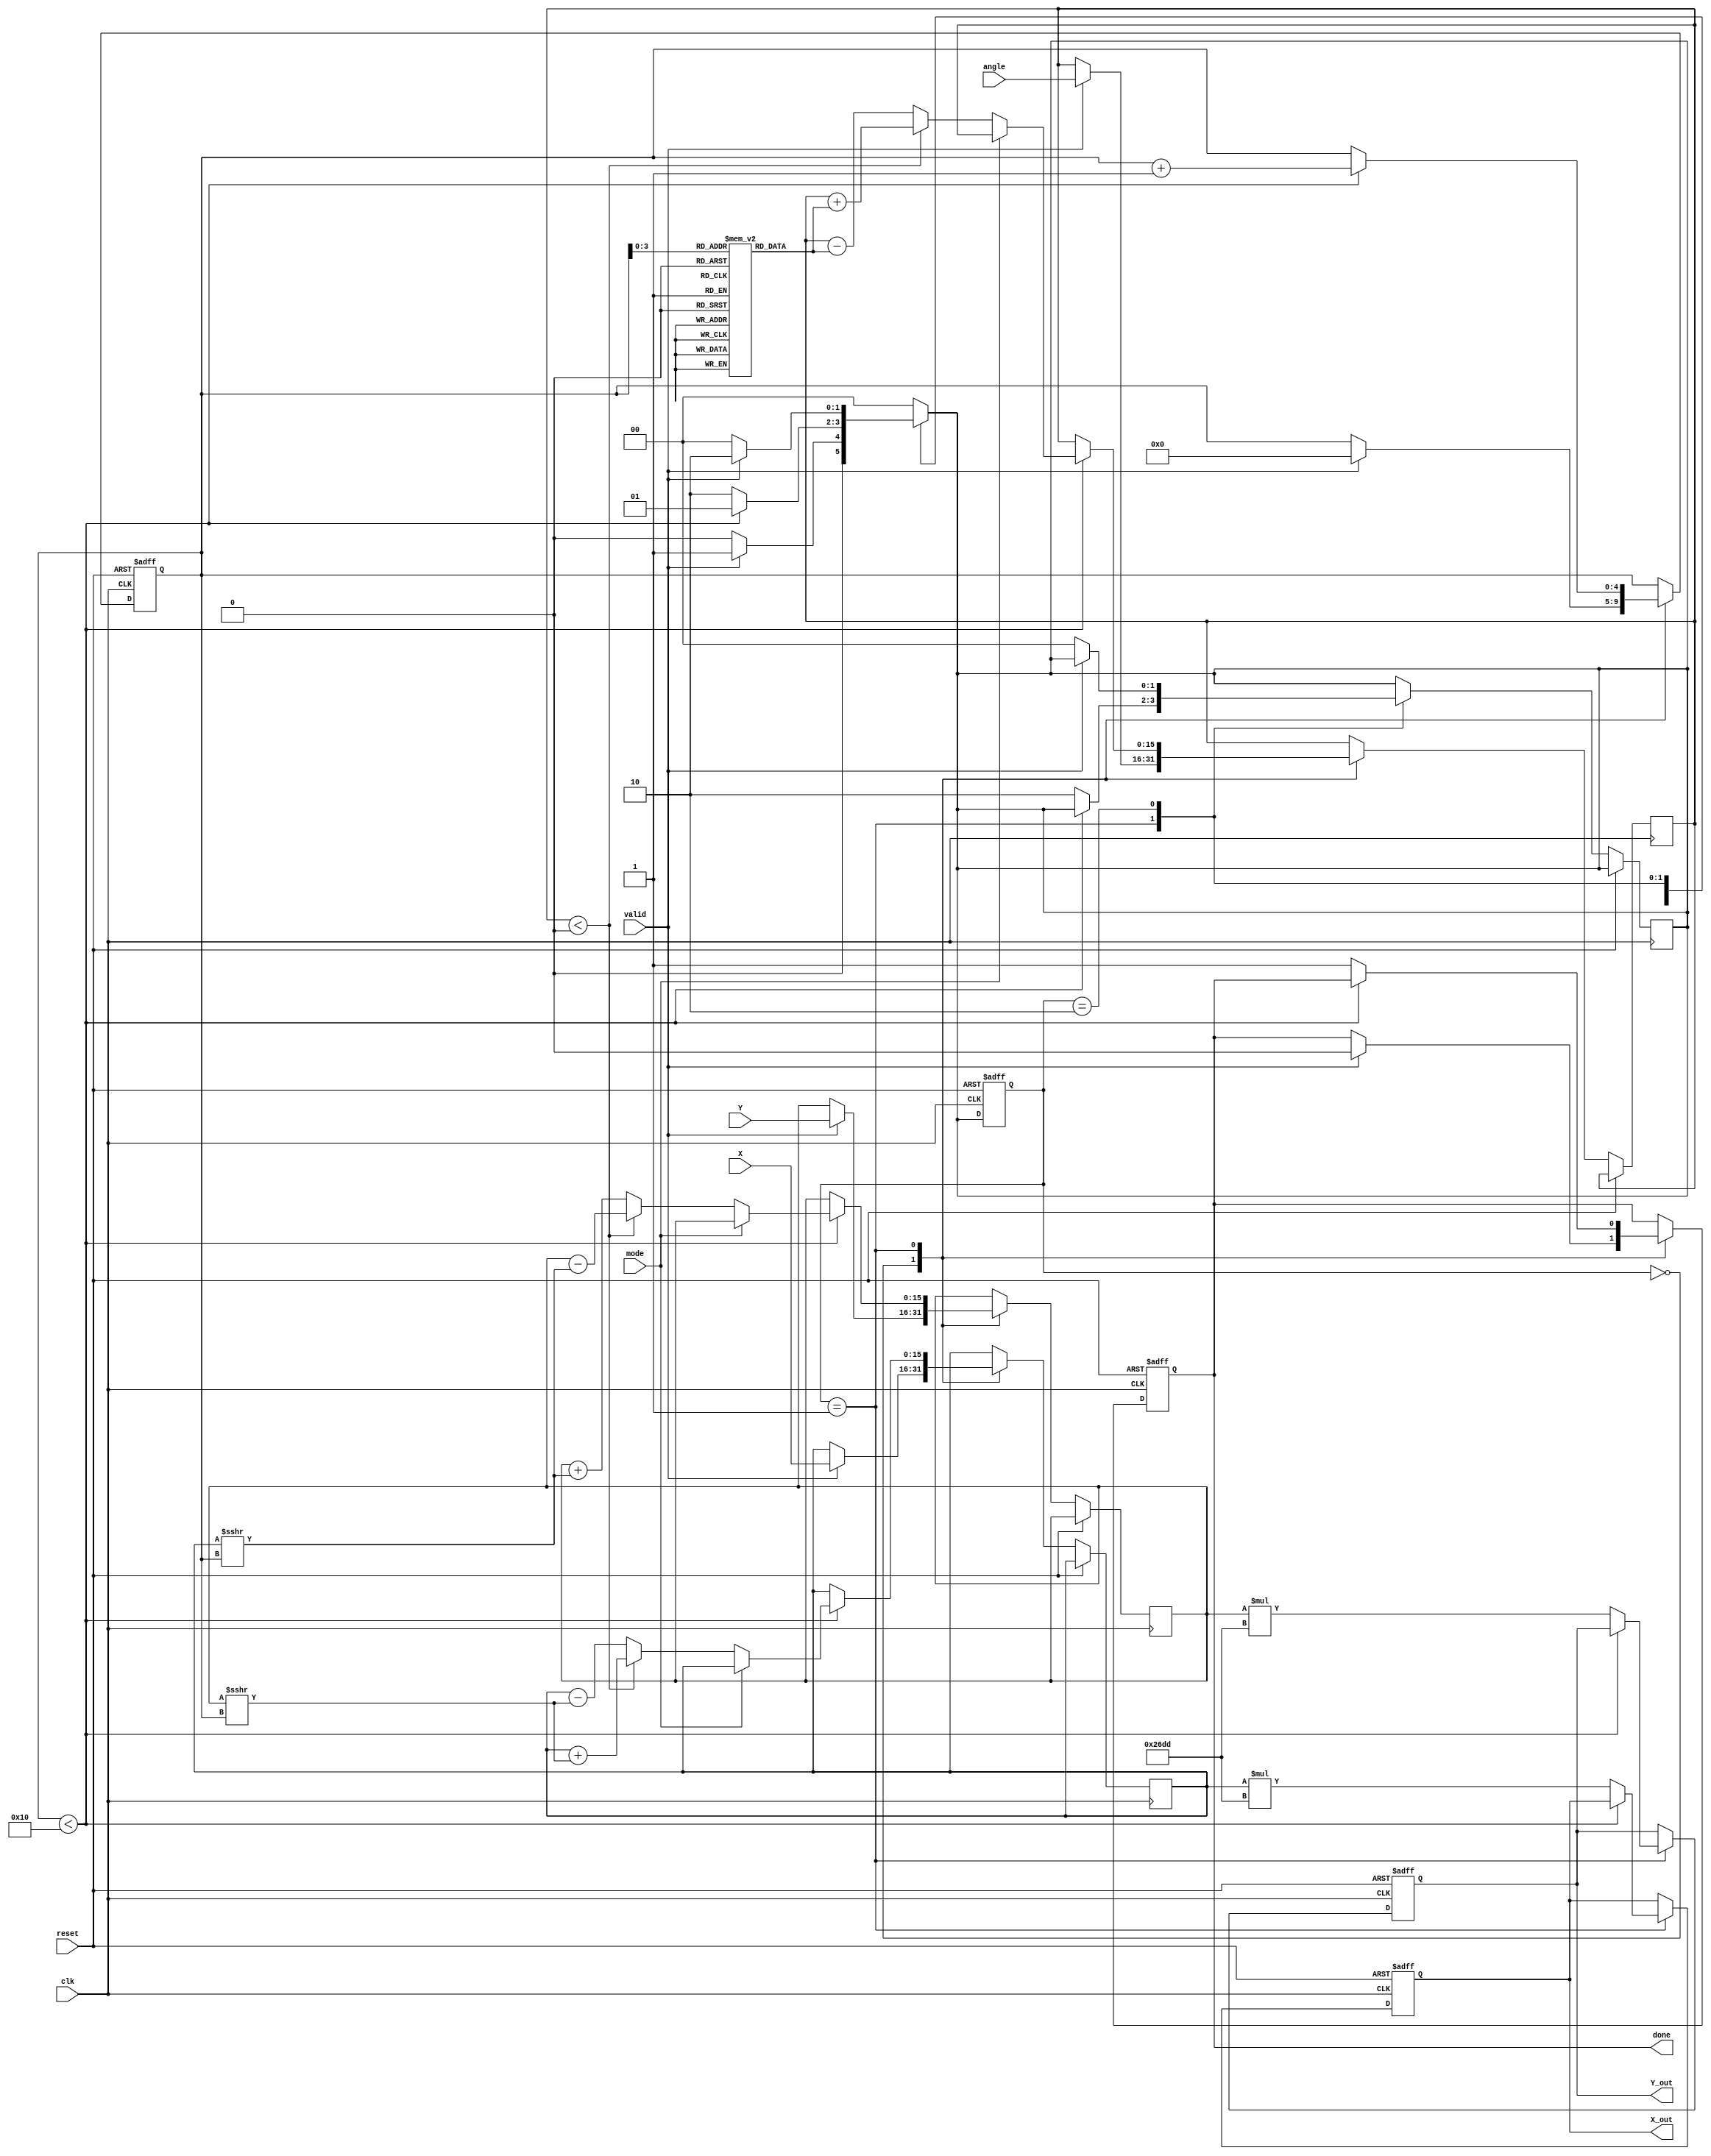
module CORDIC (
    input wire clk,
    input wire reset,
    input wire valid,
    input wire [15:0] X, // Fixed-point input X (Qm.n format)
    input wire [15:0] Y, // Fixed-point input Y (Qm.n format)
    input wire [15:0] angle, // Angle in fixed-point (Qm.n format)
    input wire mode, // 0 for rotation, 1 for vectoring
    output reg [15:0] X_out, // Output X (Qm.n format)
    output reg [15:0] Y_out, // Output Y (Qm.n format)
    output reg done // Indicates completion of computation
);
    // Parameters
    parameter N = 16; // Number of iterations
    parameter FIXED_POINT_FRACTIONAL_BITS = 12; // Number of fractional bits
    parameter FIXED_POINT_INTEGER_BITS = 4; // Number of integer bits
    parameter SCALING_FACTOR = 16'h26DD; // Fixed-point scaling factor (2^(-n))

    // Lookup table for arctangent values (atan(2^-i))
    reg [15:0] atan_table [0:N-1];
    
    // Internal signals
    reg [15:0] x_reg, y_reg;
    reg [15:0] angle_reg;
    reg [4:0] i; // Iteration counter
    reg [1:0] state; // State for FSM
    reg [1:0] next_state;

    // States
    localparam IDLE = 2'b00;
    localparam PROCESS = 2'b01;
    localparam DONE = 2'b10;

    // Initialize the arctangent lookup table
    initial begin
        atan_table[0] = 16'h2000; // atan(1) = /4 in Qm.n format
        atan_table[1] = 16'h1000; // atan(0.5) = /6 in Qm.n format
        atan_table[2] = 16'h0800; // atan(0.25) = /12 in Qm.n format
        // Populate the rest of the atan_table...
        // ...
    end

    // State machine to control CORDIC iterations
    always @(posedge clk or posedge reset) begin
        if (reset) begin
            state <= IDLE;
            done <= 0;
            X_out <= 0;
            Y_out <= 0;
            i <= 0;
        end else begin
            state <= next_state;
            case (state)
                IDLE: begin
                    if (valid) begin
                        x_reg <= X;
                        y_reg <= Y;
                        angle_reg <= angle;
                        i <= 0;
                        done <= 0;
                    end
                end
                PROCESS: begin
                    if (i < N) begin
                        if (mode == 0) begin // Rotation mode
                            if (angle_reg < 0) begin
                                // Rotate counterclockwise
                                x_reg <= x_reg + (y_reg >>> i);
                                y_reg <= y_reg - (x_reg >>> i);
                                angle_reg <= angle_reg + atan_table[i];
                            end else begin
                                // Rotate clockwise
                                x_reg <= x_reg - (y_reg >>> i);
                                y_reg <= y_reg + (x_reg >>> i);
                                angle_reg <= angle_reg - atan_table[i];
                            end
                        end else begin // Vectoring mode
                            // Vectoring logic can be implemented here
                        end
                        i <= i + 1;
                    end else begin
                        X_out <= x_reg * SCALING_FACTOR; // Apply scaling factor
                        Y_out <= y_reg * SCALING_FACTOR; // Apply scaling factor
                        done <= 1;
                        next_state <= DONE;
                    end
                end
                DONE: begin
                    // Wait for a new valid input
                    if (!valid) begin
                        next_state <= IDLE;
                    end
                end
            endcase
        end
    end

    // Assign next state
    always @(*) begin
        case (state)
            IDLE: next_state = valid ? PROCESS : IDLE;
            PROCESS: next_state = (i < N) ? PROCESS : DONE;
            DONE: next_state = (!valid) ? IDLE : DONE;
            default: next_state = IDLE;
        endcase
    end

endmodule